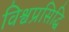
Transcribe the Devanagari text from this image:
विश्वप्रसिद्धि